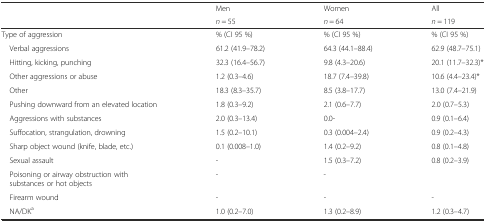
| <ROWSPAN=2>  | Men | Women | All |
 | n = 55 | n = 64 | n = 119 |
 | --- | --- | --- | --- |
 | Type of aggression | % (CI 95 %) | % (CI 95 %) | % (CI 95 %) |
 | Verbal aggressions | 61.2 (41.9–78.2) | 64.3 (44.1–88.4) | 62.9 (48.7–75.1) |
 | Hitting, kicking, punching | 32.3 (16.4–56.7) | 9.8 (4.3–20.6) | 20.1 (11.7–32.3)* |
 | Other aggressions or abuse | 1.2 (0.3–4.6) | 18.7 (7.4–39.8) | 10.6 (4.4–23.4)* |
 | Other | 18.3 (8.3–35.7) | 8.5 (3.8–17.7) | 13.0 (7.4–21.9) |
 | Pushing downward from an elevated location | 1.8 (0.3–9.2) | 2.1 (0.6–7.7) | 2.0 (0.7–5.3) |
 | Aggressions with substances | 2.0 (0.3–13.4) | 0.0- | 0.9 (0.1–6.4) |
 | Suffocation, strangulation, drowning | 1.5 (0.2–10.1) | 0.3 (0.004–2.4) | 0.9 (0.2–4.3) |
 | Sharp object wound (knife, blade, etc.) | 0.1 (0.008–1.0) | 1.4 (0.2–9.2) | 0.8 (0.1–4.8) |
 | Sexual assault | - | 1.5 (0.3–7.2) | 0.8 (0.2–3.9) |
 | Poisoning or airway obstruction with substances or hot objects | - | - |  |
 | Firearm wound | - | - | - |
 | NA/DKa | 1.0 (0.2–7.0) | 1.3 (0.2–8.9) | 1.2 (0.3–4.7) |